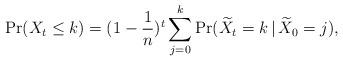
LaTeX: \begin{align*}\Pr(X_t \le k) = ( 1 - \frac{1}{n} )^t \sum_{j=0}^k \Pr(\widetilde{X}_t = k \,\vert\, \widetilde{X}_0 = j),\end{align*}